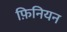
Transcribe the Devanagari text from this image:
फ़िनियन